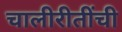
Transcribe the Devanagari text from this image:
चालीरीतींची